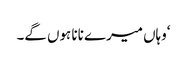
‘وہاں میرے نانا ہوں گے۔